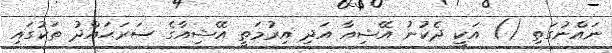
ނައްނުގަތި () އަކީ ދެކުނު އޭޝިއާ އަދި އިރުމަތީ އޭޝިއާގެ ސަރަޙައްދު ތަކުގައި